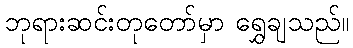
ဘုရားဆင်းတုတော်မှာ ရွှေချသည်။